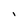
Character: I